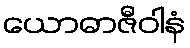
ယောဓာဇီဝါနံ